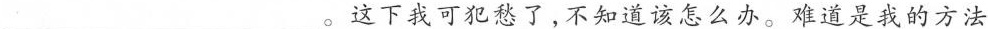
___。这下我可犯愁了，不知道该怎么办。难道是我的方法